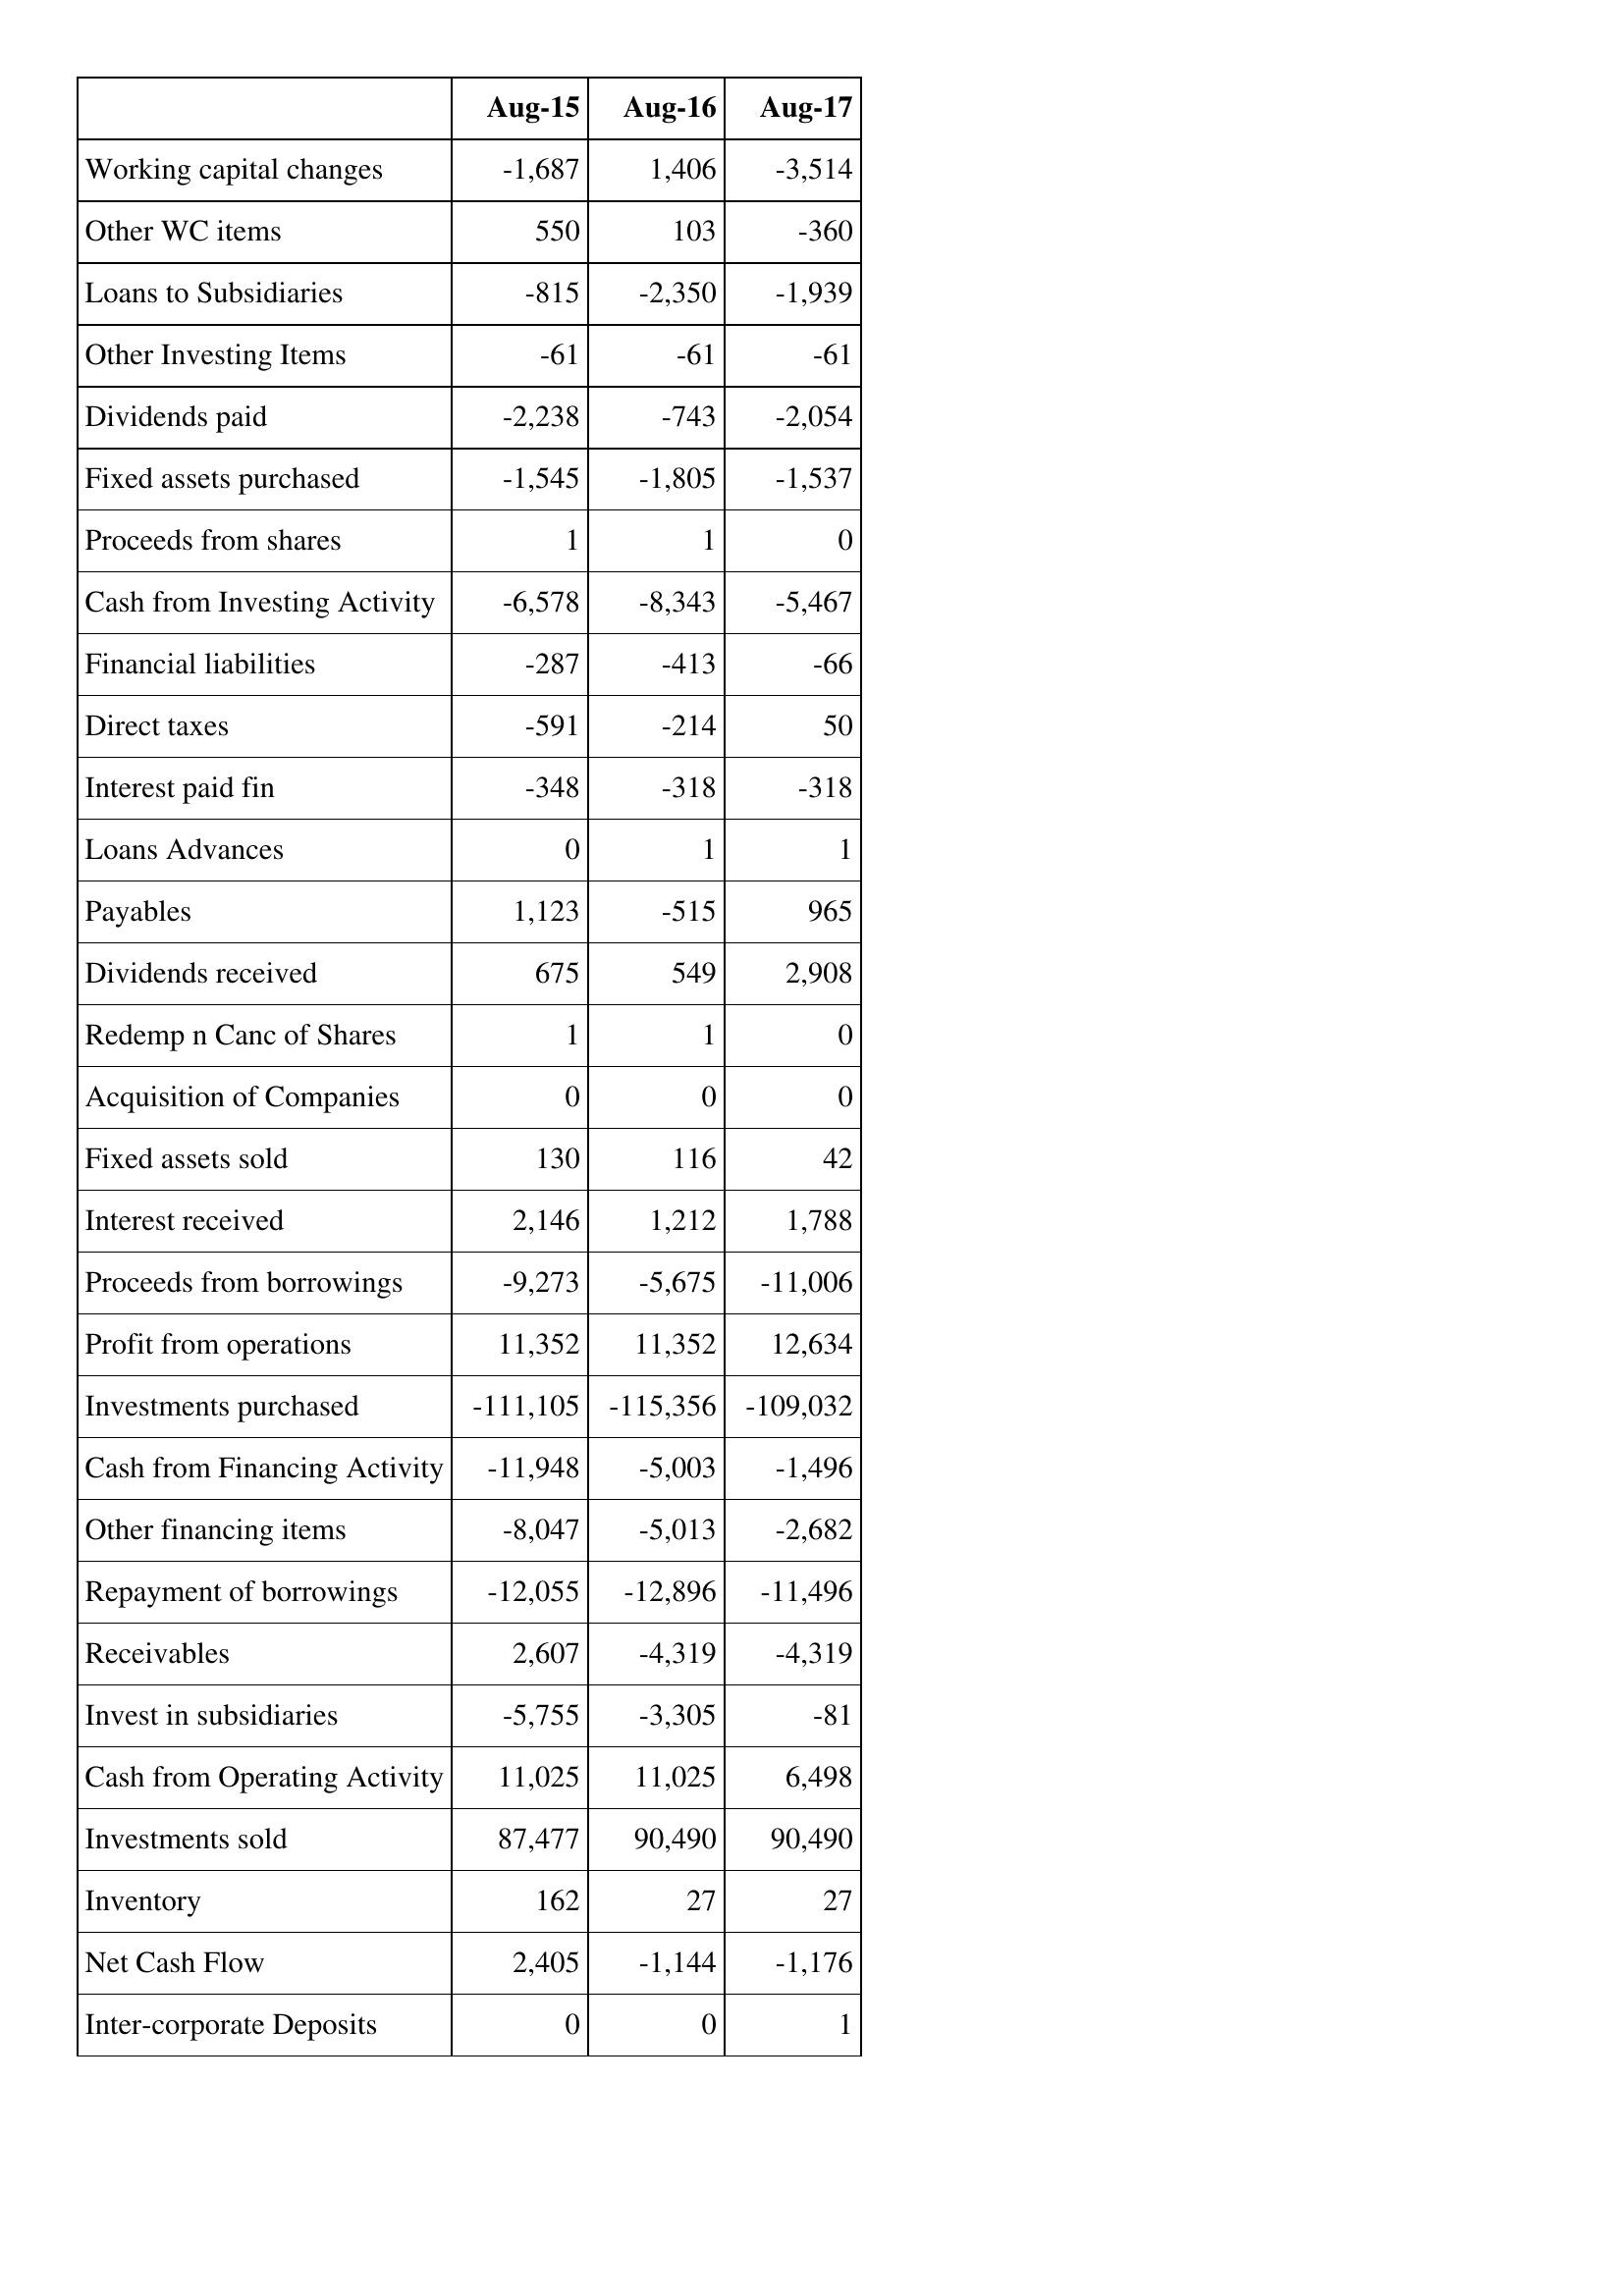
Aug-15: Cash Flows: Working capital changes: -1,687
Other WC items: 550
Loans to Subsidiaries: -815
Other Investing Items: -61
Dividends paid: -2,238
Fixed assets purchased: -1,545
Proceeds from shares: 1
Cash from Investing Activity: -6,578
Financial liabilities: -287
Direct taxes: -591
Interest paid fin: -348
Loans Advances: 0
Payables: 1,123
Dividends received: 675
Redemp n Canc of Shares: 1
Acquisition of Companies: 0
Fixed assets sold: 130
Interest received: 2,146
Proceeds from borrowings: -9,273
Profit from operations: 11,352
Investments purchased: -111,105
Cash from Financing Activity: -11,948
Other financing items: -8,047
Repayment of borrowings: -12,055
Receivables: 2,607
Invest in subsidiaries: -5,755
Cash from Operating Activity: 11,025
Investments sold: 87,477
Inventory: 162
Net Cash Flow: 2,405
Inter-corporate Deposits: 0
Aug-16: Cash Flows: Working capital changes: 1,406
Other WC items: 103
Loans to Subsidiaries: -2,350
Other Investing Items: -61
Dividends paid: -743
Fixed assets purchased: -1,805
Proceeds from shares: 1
Cash from Investing Activity: -8,343
Financial liabilities: -413
Direct taxes: -214
Interest paid fin: -318
Loans Advances: 1
Payables: -515
Dividends received: 549
Redemp n Canc of Shares: 1
Acquisition of Companies: 0
Fixed assets sold: 116
Interest received: 1,212
Proceeds from borrowings: -5,675
Profit from operations: 11,352
Investments purchased: -115,356
Cash from Financing Activity: -5,003
Other financing items: -5,013
Repayment of borrowings: -12,896
Receivables: -4,319
Invest in subsidiaries: -3,305
Cash from Operating Activity: 11,025
Investments sold: 90,490
Inventory: 27
Net Cash Flow: -1,144
Inter-corporate Deposits: 0
Aug-17: Cash Flows: Working capital changes: -3,514
Other WC items: -360
Loans to Subsidiaries: -1,939
Other Investing Items: -61
Dividends paid: -2,054
Fixed assets purchased: -1,537
Proceeds from shares: 0
Cash from Investing Activity: -5,467
Financial liabilities: -66
Direct taxes: 50
Interest paid fin: -318
Loans Advances: 1
Payables: 965
Dividends received: 2,908
Redemp n Canc of Shares: 0
Acquisition of Companies: 0
Fixed assets sold: 42
Interest received: 1,788
Proceeds from borrowings: -11,006
Profit from operations: 12,634
Investments purchased: -109,032
Cash from Financing Activity: -1,496
Other financing items: -2,682
Repayment of borrowings: -11,496
Receivables: -4,319
Invest in subsidiaries: -81
Cash from Operating Activity: 6,498
Investments sold: 90,490
Inventory: 27
Net Cash Flow: -1,176
Inter-corporate Deposits: 1